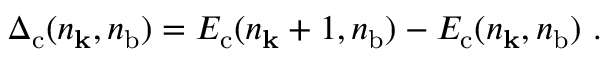
\Delta _ { \mathrm { c } } ( n _ { \mathbf k } , { n } _ { \mathrm { b } } ) = E _ { \mathrm { c } } ( n _ { \mathbf k } + 1 , { n } _ { \mathrm { b } } ) - E _ { \mathrm { c } } ( n _ { \mathbf k } , { n } _ { \mathrm { b } } ) ~ .